画像に写った文字を読んでください
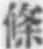
「條」と書いてあります